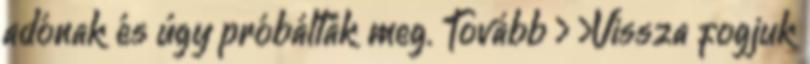
adónak és úgy próbálták meg. Tovább › ›Vissza fogjuk